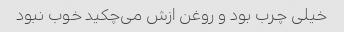
خیلی چرب بود و روغن ازش می‌چکید خوب نبود